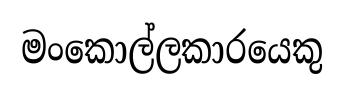
මංකොල්ලකාරයෙකු